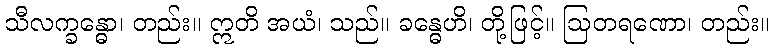
သီလက္ခန္ဓော၊ တည်း။ ဣတိ အယံ၊ သည်။ ခန္ဓေဟိ၊ တို့ဖြင့်။ ဩတရဏော၊ တည်း။